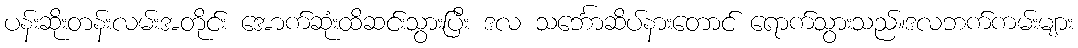
ပန်းဆိုးတန်းလမ်းအတိုင်း အောက်ဆုံးထိဆင်းသွားပြီး ဒလ သင်္ဘောဆိပ်နားတောင် ရောက်သွားသည်။ဒလဘက်ကမ်းများ